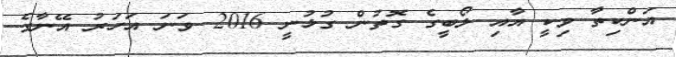
އަންކިތާ ވިކީ އާއި ލޯބީގެ ގޮތުން ގުޅުނީ 2016 ވަނަ އަހަރު އޭނާގެ